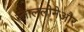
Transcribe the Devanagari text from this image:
स्ताललोनेऔर